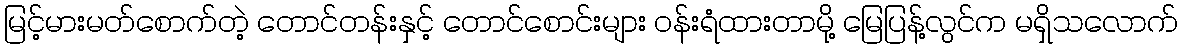
မြင့်မားမတ်စောက်တဲ့ တောင်တန်းနှင့် တောင်စောင်းများ ဝန်းရံထားတာမို့ မြေပြန့်လွင်က မရှိသလောက်